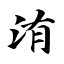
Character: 洧